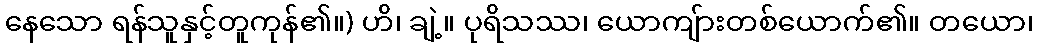
နေသော ရန်သူနှင့်တူကုန်၏။) ဟိ၊ ချဲ့။ ပုရိသဿ၊ ယောကျ်ားတစ်ယောက်၏။ တယော၊